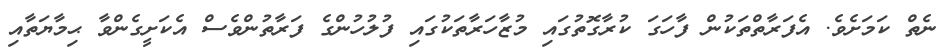
ނެތް ކަމަށެވެ. އެފަރާތްތަކުން ފާހަގަ ކުރާގޮތުގައި މުޒާހަރާތަކުގައި ފުލުހުންގެ ފަރާތުންވެސް އެކަށީގެންވާ ޙިމާޔަތާއި